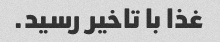
غذا با تاخیر رسید.